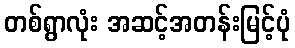
တစ်ရွာလုံး အဆင့်အတန်းမြင့်ပုံ